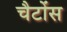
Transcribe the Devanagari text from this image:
चैटोंस